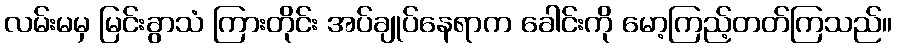
လမ်းမမှ မြင်းခွာသံ ကြားတိုင်း အပ်ချုပ်နေရာက ခေါင်းကို မော့ကြည့်တတ်ကြသည်။